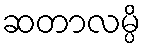
ဆတာလမ္ပိ